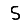
Digit: 5